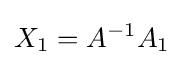
X_{1}=A^{-1}A_{1}